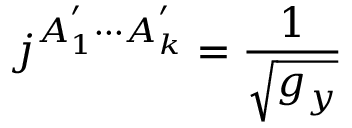
j ^ { A _ { 1 } ^ { ^ { \prime } } \cdot \cdot \cdot A _ { k } ^ { ^ { \prime } } } = \frac 1 { \sqrt { g _ { y } } }